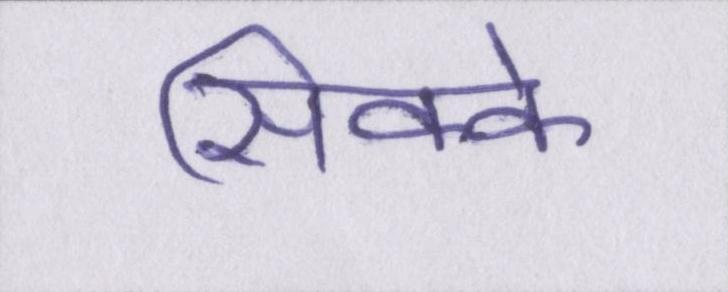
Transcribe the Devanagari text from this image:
सिक्के